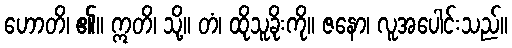
ဟောတိ၊ ၏။ ဣတိ၊ သို့။ တံ၊ ထိုသူခိုးကို။ ဇနော၊ လူအပေါင်းသည်။